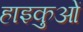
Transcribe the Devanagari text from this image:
हाइकुओं